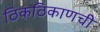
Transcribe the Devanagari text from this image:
ठिकठिकाणची